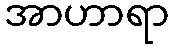
အာဟာရာ